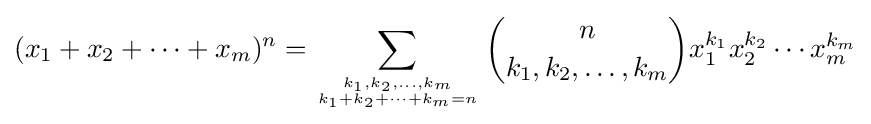
(x_{1}+x_{2}+\cdots +x_{m})^{n}=\sum _{k_{1},k_{2},\dots ,k_{m} \atop k_{1}+k_{2}+\dots +k_{m}=n}{n \choose k_{1},k_{2},\ldots ,k_{m}}x_{1}^{k_{1}}x_{2}^{k_{2}}\cdots x_{m}^{k_{m}}